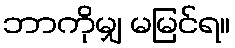
ဘာကိုမျှ မမြင်ရ။